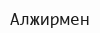
Алжирмен